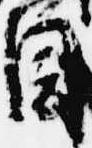
目